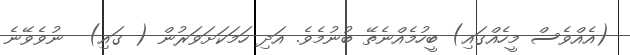
(އެއްވެސް މީހެއްގައި) ބީހުމެއްނެތޭ ބުނުމެވެ. އަދި ހަމަކަށަވަރުން ( ގައި)  ނުވެވޭނެ